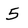
Character: 5